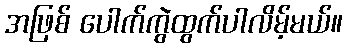
အဖြစ် ပေါက်ကွဲထွက်ပါလိမ့်မယ်။